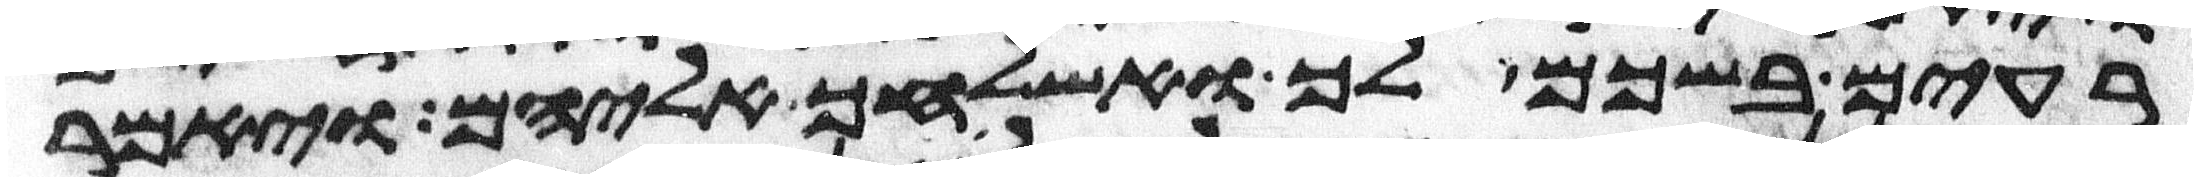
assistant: רעים בשכם לך ואשלחך אליהם ויאמר